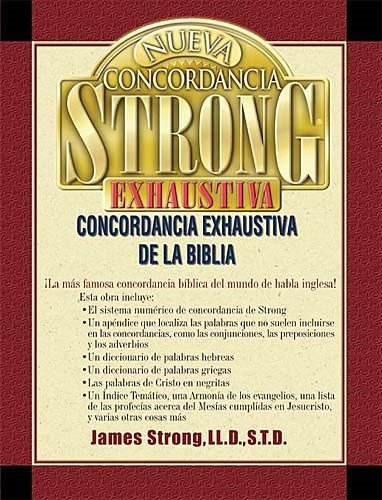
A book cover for Nueva Concordancia Strong Exhaustiva; James Strong; Christian Books & Bibles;